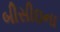
બીસીઇના